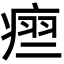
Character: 𬏵